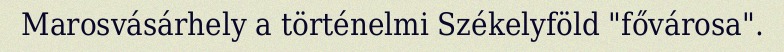
Marosvásárhely a történelmi Székelyföld "fővárosa".